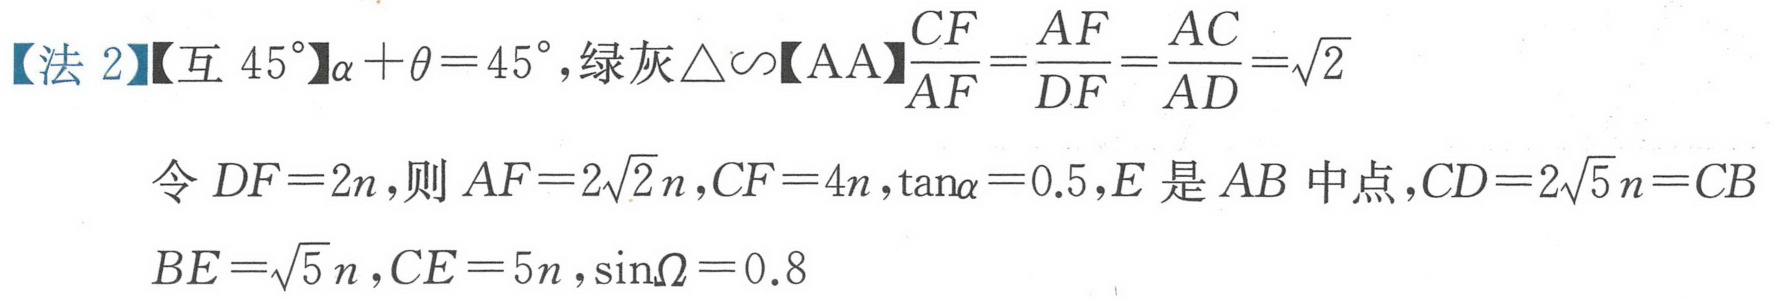
【法 2】【互$45^{\circ}$】$\alpha+\theta = 45^{\circ}$, 绿灰$\triangle\backsim$【AA】$\dfrac{CF}{AF}=\dfrac{AF}{DF}=\dfrac{AC}{AD}=\sqrt{2}$
令$DF = 2n$,则$AF = 2\sqrt{2}n,CF = 4n,\tan\alpha=0.5,E$是$AB$中点,$CD = 2\sqrt{5}n=CB$
$BE=\sqrt{5}n,CE = 5n,\sin\Omega = 0.8$